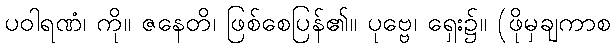
ပဝါရဏံ၊ ကို။ ဇနေတိ၊ ဖြစ်စေပြန်၏။ ပုဗ္ဗေ၊ ရှေး၌။ (ဖိုမှချကာစ